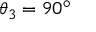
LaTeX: \theta _ { 3 } = 9 0 ^ { \circ }